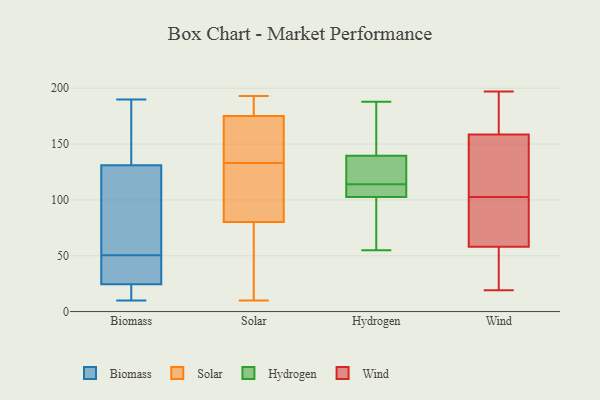
{"axis": {"x": "Gross Profit (USD K)", "y": "Value"}, "legend": ["Biomass", "Hydrogen", "Solar", "Wind"], "data": [{"x": "", "y": 153, "type": "Biomass"}, {"x": "", "y": 21, "type": "Biomass"}, {"x": "", "y": 190, "type": "Biomass"}, {"x": "", "y": 33, "type": "Biomass"}, {"x": "", "y": 39, "type": "Biomass"}, {"x": "", "y": 62, "type": "Biomass"}, {"x": "", "y": 19, "type": "Biomass"}, {"x": "", "y": 126, "type": "Biomass"}, {"x": "", "y": 126, "type": "Biomass"}, {"x": "", "y": 125, "type": "Biomass"}, {"x": "", "y": 38, "type": "Biomass"}, {"x": "", "y": 28, "type": "Biomass"}, {"x": "", "y": 12, "type": "Biomass"}, {"x": "", "y": 10, "type": "Biomass"}, {"x": "", "y": 136, "type": "Biomass"}, {"x": "", "y": 20, "type": "Biomass"}, {"x": "", "y": 78, "type": "Biomass"}, {"x": "", "y": 159, "type": "Biomass"}, {"x": "", "y": 176, "type": "Biomass"}, {"x": "", "y": 37, "type": "Biomass"}, {"x": "", "y": 193, "type": "Solar"}, {"x": "", "y": 10, "type": "Solar"}, {"x": "", "y": 102, "type": "Solar"}, {"x": "", "y": 20, "type": "Solar"}, {"x": "", "y": 185, "type": "Solar"}, {"x": "", "y": 188, "type": "Solar"}, {"x": "", "y": 85, "type": "Solar"}, {"x": "", "y": 166, "type": "Solar"}, {"x": "", "y": 148, "type": "Solar"}, {"x": "", "y": 120, "type": "Solar"}, {"x": "", "y": 108, "type": "Solar"}, {"x": "", "y": 172, "type": "Solar"}, {"x": "", "y": 133, "type": "Solar"}, {"x": "", "y": 66, "type": "Solar"}, {"x": "", "y": 169, "type": "Solar"}, {"x": "", "y": 43, "type": "Solar"}, {"x": "", "y": 188, "type": "Solar"}, {"x": "", "y": 188, "type": "Hydrogen"}, {"x": "", "y": 141, "type": "Hydrogen"}, {"x": "", "y": 109, "type": "Hydrogen"}, {"x": "", "y": 105, "type": "Hydrogen"}, {"x": "", "y": 137, "type": "Hydrogen"}, {"x": "", "y": 95, "type": "Hydrogen"}, {"x": "", "y": 55, "type": "Hydrogen"}, {"x": "", "y": 159, "type": "Hydrogen"}, {"x": "", "y": 114, "type": "Hydrogen"}, {"x": "", "y": 83, "type": "Hydrogen"}, {"x": "", "y": 139, "type": "Hydrogen"}, {"x": "", "y": 117, "type": "Hydrogen"}, {"x": "", "y": 106, "type": "Hydrogen"}, {"x": "", "y": 152, "type": "Wind"}, {"x": "", "y": 59, "type": "Wind"}, {"x": "", "y": 197, "type": "Wind"}, {"x": "", "y": 113, "type": "Wind"}, {"x": "", "y": 92, "type": "Wind"}, {"x": "", "y": 99, "type": "Wind"}, {"x": "", "y": 57, "type": "Wind"}, {"x": "", "y": 170, "type": "Wind"}, {"x": "", "y": 29, "type": "Wind"}, {"x": "", "y": 52, "type": "Wind"}, {"x": "", "y": 117, "type": "Wind"}, {"x": "", "y": 113, "type": "Wind"}, {"x": "", "y": 165, "type": "Wind"}, {"x": "", "y": 31, "type": "Wind"}, {"x": "", "y": 106, "type": "Wind"}, {"x": "", "y": 75, "type": "Wind"}, {"x": "", "y": 196, "type": "Wind"}, {"x": "", "y": 79, "type": "Wind"}, {"x": "", "y": 195, "type": "Wind"}, {"x": "", "y": 19, "type": "Wind"}]}